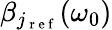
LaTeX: \beta_{j_{\mathrm{~r~e~f~}}}(\omega_{0})